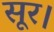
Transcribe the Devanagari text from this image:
सूर।